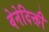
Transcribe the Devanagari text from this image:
वेनेदिक्ती